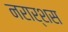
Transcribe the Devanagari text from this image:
नरार्शस